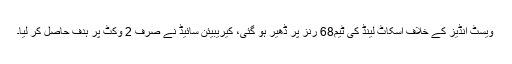
ویسٹ انڈیز کے خلاف اسکاٹ لینڈ کی ٹیم68 رنز پر ڈھیر ہو گئی، کیریبیئن سائیڈ نے صرف 2 وکٹ پر ہدف حاصل کر لیا۔